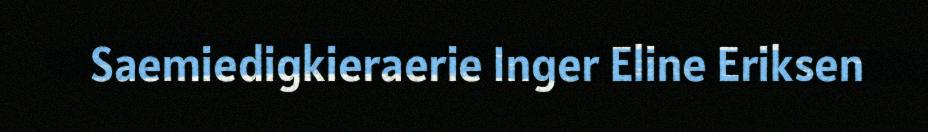
Saemiedigkieraerie Inger Eline Eriksen